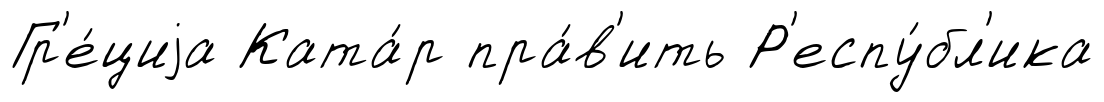
Гр'е́циjа Ката́р пра́в'ить Р'еспу́бл'ика